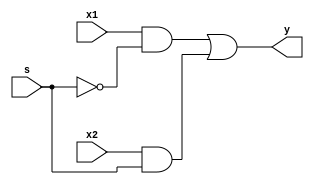
module mux_2x1_gate(
input x1,x2,
input s,
output y
);
wire w1 , w2;

and(w1,x1,~s);
and(w2,x2,s);
or(y,w1,w2);

endmodule